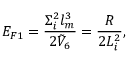
E _ { F 1 } = { \frac { \Sigma _ { i } ^ { 2 } l _ { m } ^ { 3 } } { 2 \tilde { V } _ { 6 } } } = { \frac { R } { 2 L _ { i } ^ { 2 } } } ,